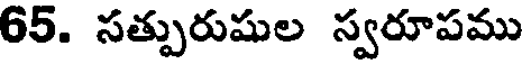
65. సత్పురుషుల స్వరూపము